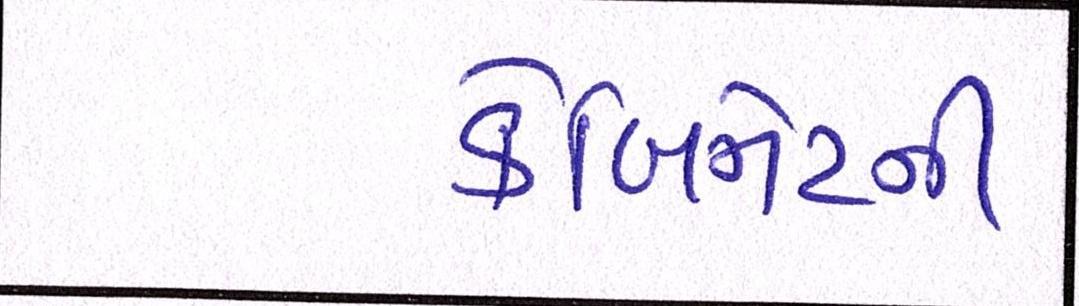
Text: કેબિનેટની